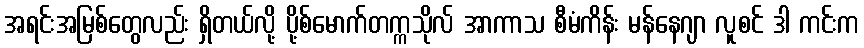
အရင်းအမြစ်တွေလည်း ရှိတယ်လို့ ပို့စ်မောက်တက္ကသိုလ် အာကာသ စီမံကိန်း မန်နေဂျာ လူစင် ဒါ ကင်းက